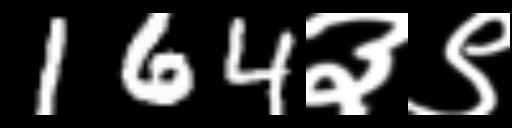
Text: 164३९